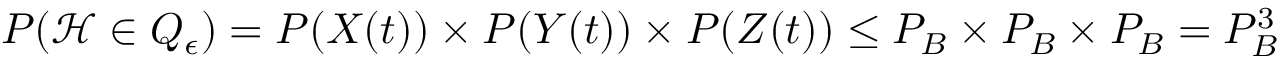
\begin{array} { r } { P ( \mathcal { H } \in Q _ { \epsilon } ) = P ( X ( t ) ) \times P ( Y ( t ) ) \times P ( Z ( t ) ) \leq P _ { B } \times P _ { B } \times P _ { B } = P _ { B } ^ { 3 } } \end{array}